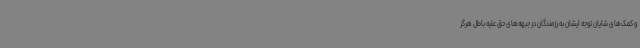
و کمک‌های شایان توجه ایشان به رزمندگان در جبهه‌های حق علیه باطل هرگز